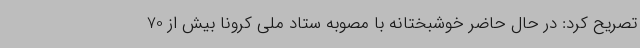
تصریح کرد: در حال حاضر خوشبختانه با مصوبه ستاد ملی کرونا بیش از 70